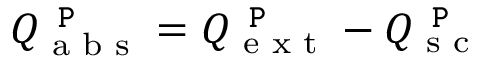
Q _ { \textrm { a b s } } ^ { \texttt { P } } = Q _ { \textrm { e x t } } ^ { \texttt { P } } - Q _ { \textrm { s c } } ^ { \texttt { P } }